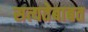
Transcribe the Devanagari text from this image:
सत्यतेबाबत